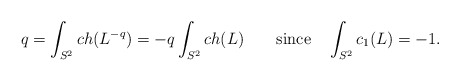
\begin{align*}q=\int_{S^2}ch(L^{-q})=-q\int_{S^2}ch(L)\qquad\hbox{since}\quad \int_{S^2}c_1(L)=-1.\end{align*}